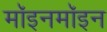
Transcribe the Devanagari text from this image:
मॉइनमॉइन